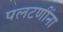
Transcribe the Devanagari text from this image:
पलटणींना